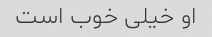
او خیلی خوب است